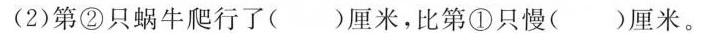
(2)第②只蜗牛爬行了( )厘米，比第①只慢( )厘米。